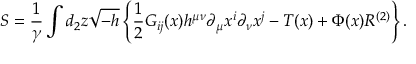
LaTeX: { \cal S } = \frac { 1 } { \gamma } \int d _ { 2 } z \sqrt { - h } \left\{ { \frac { 1 } { 2 } } G _ { i j } ( x ) h ^ { \mu \nu } \partial _ { \mu } x ^ { i } \partial _ { \nu } x ^ { j } - T ( x ) + \Phi ( x ) R ^ { ( 2 ) } \right\} .